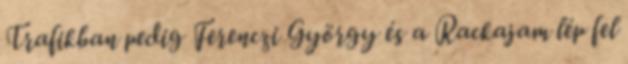
Trafikban pedig Ferenczi György és a Rackajam lép fel